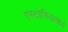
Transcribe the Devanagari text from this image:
एस्टोनियामध्ये